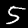
Digit: 5